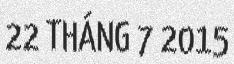
22 THÁNG 7 2015